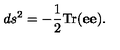
d s ^ { 2 } = - { \frac { 1 } { 2 } } \mathrm { T r } ( { \bf e } { \bf e } ) .